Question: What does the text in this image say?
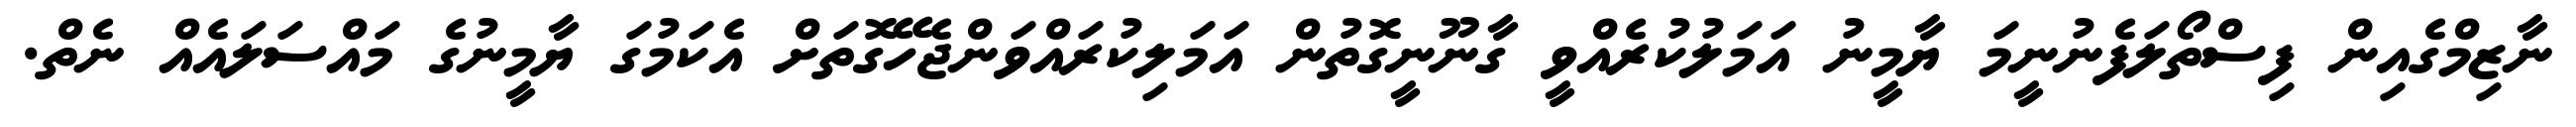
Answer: ނާޒިމްގެއިން ފިސްތޯލަފެނުނީމަ ޔާމީނު އަމަލުކުރެއްވީ ގާނޫނީގޮތުން އަމަލިކުރައްވަންޖެހޭގޮތަށް އެކަމުގަ ޔާމީނުގެ މައްސަލައެއް ނެތް.